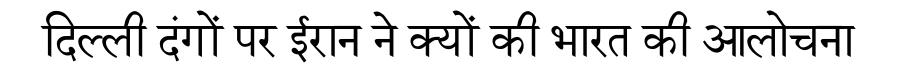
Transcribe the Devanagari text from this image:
दिल्ली दंगों पर ईरान ने क्यों की भारत की आलोचना